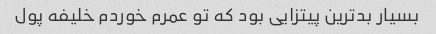
بسیار بد‌ترین پیتزایی بود که تو عمرم خوردم خلیفه پول